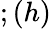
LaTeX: ;(h)